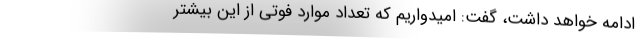
ادامه خواهد داشت، گفت: امیدواریم که تعداد موارد فوتی از این بیشتر